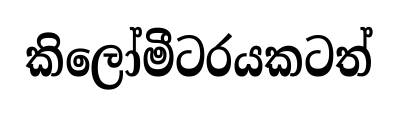
කිලෝමීටරයකටත්